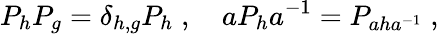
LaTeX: P_{h}P_{g}=\delta_{h,g}P_{h}\; ,\quad aP_{h}a^{-1}=P_{aha^{-1}}\; ,